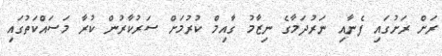
ރަށް ރަށުގައި ފެނާއި ނަރުދަމާގެ ނިޒާމު ގާއިމް ކުރުމަށް ސަރުކާރުން ކުރާ މަސައްކަތުގައި